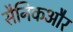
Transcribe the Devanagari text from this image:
सैनिकऔर